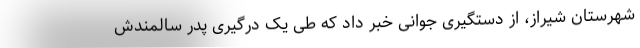
شهرستان شیراز، از دستگیری جوانی خبر داد که طی یک درگیری پدر سالمندش